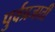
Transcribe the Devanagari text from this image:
पुर्वप्रजाती